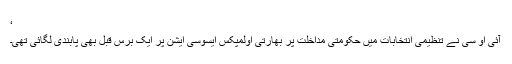
‘
آئی او سی نے تنظیمی انتخابات میں حکومتی مداخلت پر بھارتی اولمپکس ایسوسی ایشن پر ایک برس قبل بھی پابندی لگائی تھی۔